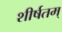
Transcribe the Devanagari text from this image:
शीर्षतम्